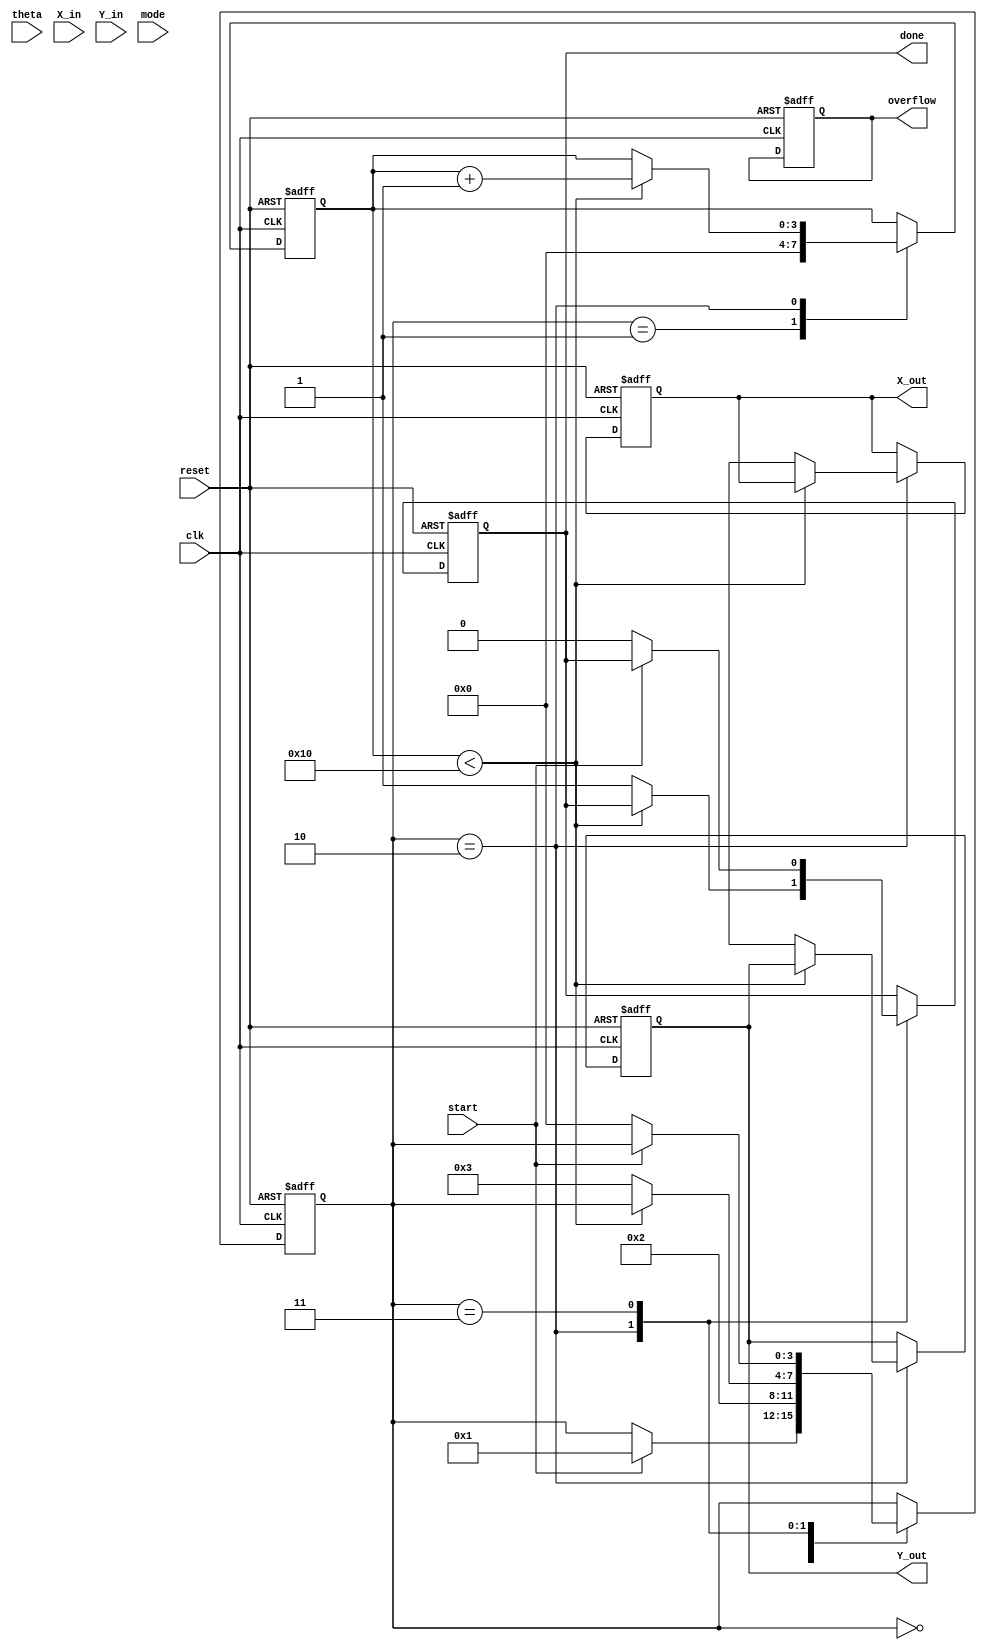
module adaptive_cordic (
    input wire clk,
    input wire reset,
    input wire start,
    input wire [15:0] theta,       // Input angle in fixed-point representation
    input wire [15:0] X_in,        // Initial X coordinate
    input wire [15:0] Y_in,        // Initial Y coordinate
    input wire mode,               // 0: rotation, 1: vectoring
    output reg [15:0] X_out,       // Output X coordinate
    output reg [15:0] Y_out,       // Output Y coordinate
    output reg done,               // Completion flag
    output reg overflow            // Overflow flag
);

    // Parameters
    parameter NUM_ITERATIONS = 16; // Number of CORDIC iterations
    reg [15:0] angle_lut [0:NUM_ITERATIONS-1]; // Angle lookup table
    reg [15:0] x [0:NUM_ITERATIONS-1]; // X values for each iteration
    reg [15:0] y [0:NUM_ITERATIONS-1]; // Y values for each iteration
    reg [3:0] state; // FSM state
    reg [3:0] iteration; // Current iteration count

    // Initialize angle lookup table
    initial begin
        angle_lut[0] = 16'h0000; // 0 degrees
        angle_lut[1] = 16'h26DD; // 22.5 degrees
        angle_lut[2] = 16'h1C71; // 45 degrees
        angle_lut[3] = 16'h0F32; // 67.5 degrees
        // ... Fill in the rest of the LUT
    end

    // FSM states
    localparam IDLE = 0, INIT = 1, COMPUTE = 2, DONE = 3;

    // Control logic
    always @(posedge clk or posedge reset) begin
        if (reset) begin
            state <= IDLE;
            done <= 0;
            overflow <= 0;
            iteration <= 0;
            X_out <= 0;
            Y_out <= 0;
        end else begin
            case (state)
                IDLE: begin
                    if (start) begin
                        state <= INIT;
                    end
                end
                INIT: begin
                    // Initialize values
                    x[0] <= X_in;
                    y[0] <= Y_in;
                    iteration <= 0;
                    state <= COMPUTE;
                end
                COMPUTE: begin
                    if (iteration < NUM_ITERATIONS) begin
                        // CORDIC rotation or vectoring logic
                        if (mode == 0) begin // Rotation mode
                            if (theta < 0) begin
                                x[iteration + 1] <= x[iteration] + (y[iteration] >>> iteration);
                                y[iteration + 1] <= y[iteration] - (x[iteration] >>> iteration);
                                theta <= theta + angle_lut[iteration];
                            end else begin
                                x[iteration + 1] <= x[iteration] - (y[iteration] >>> iteration);
                                y[iteration + 1] <= y[iteration] + (x[iteration] >>> iteration);
                                theta <= theta - angle_lut[iteration];
                            end
                        end else begin // Vectoring mode
                            // Implement vectoring logic here
                        end
                        iteration <= iteration + 1;
                    end else begin
                        // Final output assignment
                        X_out <= x[NUM_ITERATIONS];
                        Y_out <= y[NUM_ITERATIONS];
                        done <= 1;
                        state <= DONE;
                    end
                end
                DONE: begin
                    // Wait for reset or new start signal
                    if (!start) begin
                        state <= IDLE;
                        done <= 0;
                    end
                end
            endcase
        end
    end

endmodule